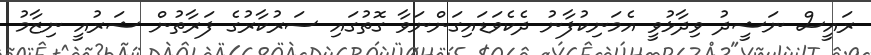
ރައީސް ނަޝީދު ވިދާޅުވީ އެމަނިކުފާނު ދެކެވަޑައިގަންނަވާ ގޮތުގައި ސަރުކާރުގެ ފަރާތުން ޝަރުއީ ނިޒާމު